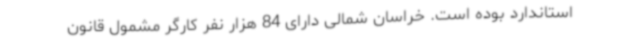
استاندارد بوده است. خراسان شمالی دارای 84 هزار نفر کارگر مشمول قانون